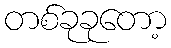
တစ်ခုခုတော့